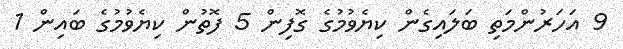
9 އަހަރުންމަތި ބަލައިގެން ކިޔެވުމުގެ ގޮފިން 5 ފޮތުން ކިޔެވުމުގެ ބައިން 1